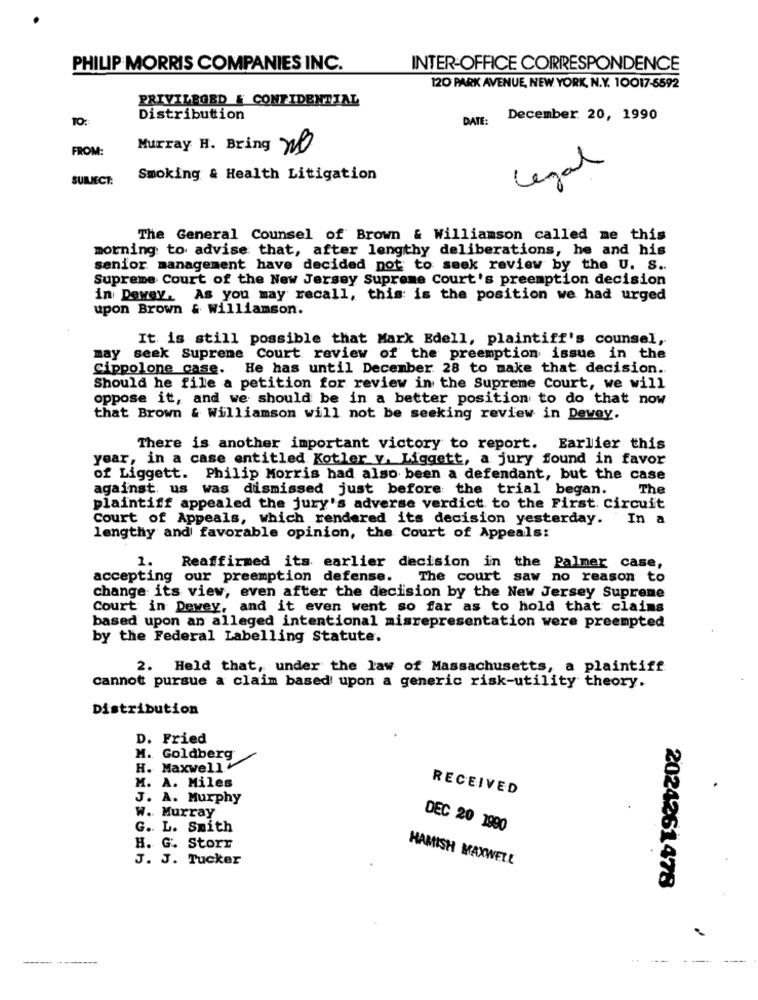
PHILIP MORRIS COMPANIES INC.
INTER-OFFICE CORRESPONDENCE
120 PARK AVENUE, NEW YORK, N.Y. 10017-6592
PRIVILEGED & CONFIDENTIAL
10:
Distribution
DATE:
December 20, 1990
FROM:
Murray H. Bring no
Legal
SURUNECT:
Smoking & Health Litigation
The General Counsel of Brown & Williamson called me this
morning to advise that, after lengthy deliberations, he and his
senior management have decided not to seek review by the U. S ..
Supreme Court of the New Jersey Supreme Court's preemption decision
in Dewey, As you may recall, this is the position we had urged
upon Brown & williamson.
It is still possible that Mark Edell, plaintiff's counsel,
may seek Supreme Court review of the preemption issue in the
Cippolone case. He has until December 28 to make that decision ..
Should he file a petition for review in the Supreme Court, we will
oppose it, and we should be in a better position to do that now
that Brown & Williamson will not be seeking review in Dewey.
There is another important victory to report. Earlier this
year, in a case entitled Kotler y. Liggett, a jury found in favor
of Liggett. Philip Morris had also been a defendant, but the case
against us was dismissed just before the trial began.
The
plaintiff appealed the jury's adverse verdict to the First. circuit
Court of Appeals, which rendered its decision yesterday. In a
lengthy and favorable opinion, the Court of Appeals:
1. Reaffirmed its earlier decision in the Palmer case,
accepting our preemption defense. The court saw no reason to
change its view, even after the decision by the New Jersey Supreme
Court in Dewey, and it even went so far as to hold that claims
based upon an alleged intentional misrepresentation were preempted
by the Federal Labelling Statute.
2. Held that, under the law of Massachusetts, a plaintiff
cannot pursue a claim based upon a generic risk-utility theory.
Distribution
D. Fried
M. Goldberg
H. Maxwell
M. A. Miles
RECEIVED
J. A. Murphy
W. Murray
G. L. Smith
DEC 20 1990
H. G. Storr
J. J. Tucker
HAMISH MAXWELL
2024261478